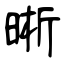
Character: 晰